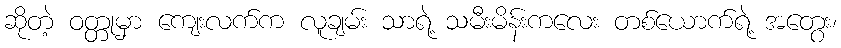
ဆိုတဲ့ ဝတ္တုမှာ ကျေးလက်က လူချမ်း သာရဲ့ သမီးမိန်းကလေး တစ်ယောက်ရဲ့ အတွေး၊